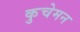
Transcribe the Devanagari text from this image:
कुचेमन